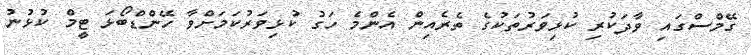
ގޭމްސްގައި ވާދަކުރި ކުޅިވަރުތަކުގެ ތެރެއިން އެންމެ ހަގު ކުޅިވަރުކަމަށްވާ ހޭންޑްބޯޅަ ޓީމް ކުޅުނު